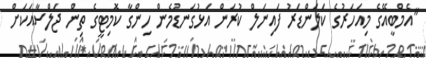
"އެމްބީއޭގެ މިއަހަރުގެ ކަލަންޑަރު ފައިނަލް ކުރަން އަޅުގަނޑުމެން ހިންގާ ކޮމިޓީގެ ތިން ޖަލްސާއަކަށް